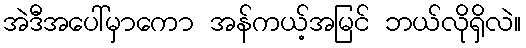
အဲဒီအပေါ်မှာကော အန်ကယ့်အမြင် ဘယ်လိုရှိလဲ။